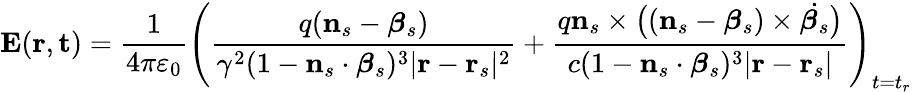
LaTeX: \mathbf{E}(\mathbf{r},\mathbf{t})={\frac{1}{4\pi\varepsilon_{0}}}\left({\frac{q(\mathbf{n}_{s}-{\boldsymbol{\beta}}_{s})}{\gamma^{2}(1-\mathbf{n}_{s}\cdot{\boldsymbol{\beta}}_{s})^{3}|\mathbf{r}-\mathbf{r}_{s}|^{2}}}+{\frac{q\mathbf{n}_{s}\times{\big(}(\mathbf{n}_{s}-{\boldsymbol{\beta}}_{s})\times{\dot{{\boldsymbol{\beta}}_{s}}}{\big)}}{c(1-\mathbf{n}_{s}\cdot{\boldsymbol{\beta}}_{s})^{3}|\mathbf{r}-\mathbf{r}_{s}|}}\right)_{t=t_{r}}